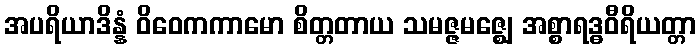
အပရိယာဒိန္နံ ဝိဝေကကာမော စိတ္တတာယ သမဇ္ဇမဇ္ဈေ အစ္စာရဒ္ဓဝီရိယတ္တာ